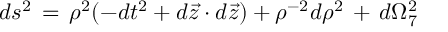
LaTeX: d s ^ { 2 } \, = \, \rho ^ { 2 } ( - d t ^ { 2 } + d \vec { z } \cdot d \vec { z } ) + \rho ^ { - 2 } d \rho ^ { 2 } \, + \, d \Omega _ { 7 } ^ { 2 }